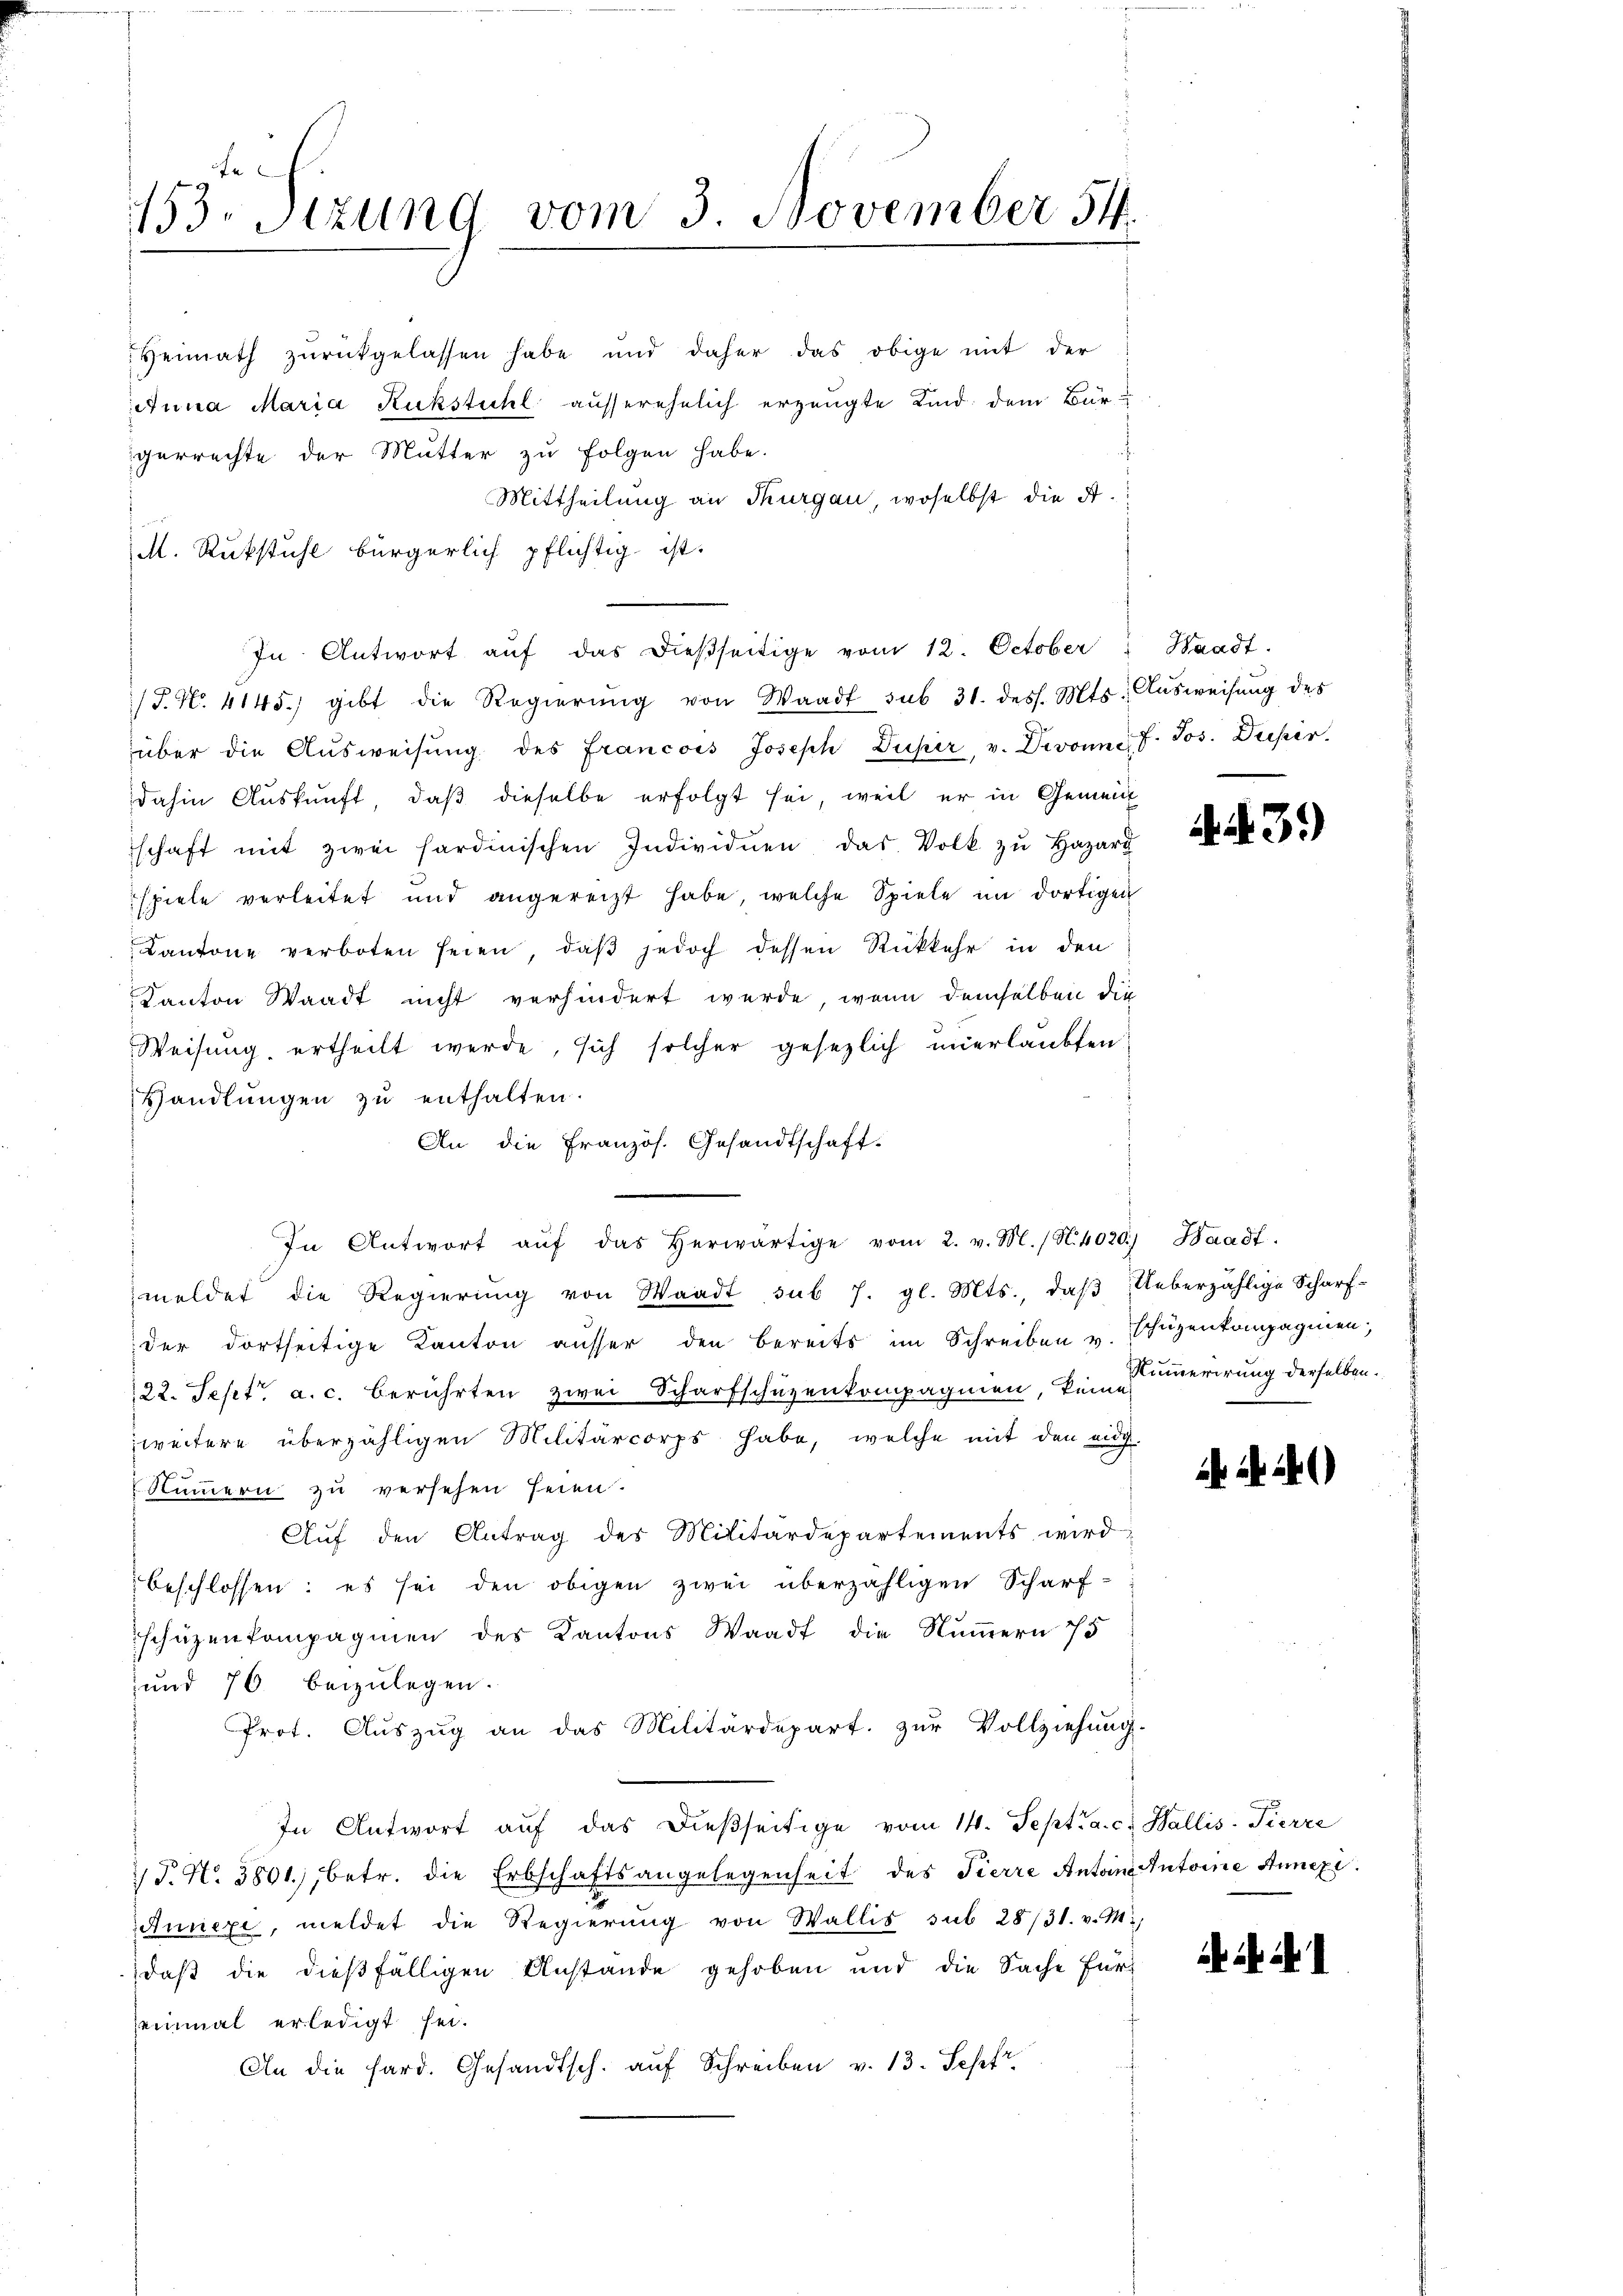
153. Sizung vom 3. November 54.

Heimath zurückgelassen habe und daher das obige mit der
Anna Maria Ruckstuhl ausserehelich erzeugte Kind dem Bur-
gerrechte der Mutter zu folgen habe.
Mittheilung an Thurgau, woselbst die A.
M. Rückstuhl bürgerlich pflichtig ist.
In Antwort aŭf das dieβseitige vom 12. October " Waadt.
/T. No. 4145. gibt die Regierŭng von Waadt sub 31. dess. Mts. Aŭsweisŭng des
über die Aŭsweisŭng des Francois Joseph Duser, v. Divound 7. Jos. Dupir.
dahin Auskunft, daß dieselbe erfolgt sei, weil er in Gemein
schaft mit zwei Hardinischen Individuen das Volk zŭ Hazard
spiele verleitet und angereizt habe, welche Spiele im dortigen
Kantone verboten seien, daβ jedoch dessen Rückkehr in den
Kanton Waadt nicht verhindert werde, wenn demselben die
Weisung, ertheilt werde, sich solcher gesezlich unerlaubten
Handlŭngen zŭ enthalten.
An die Französ. Gesandtschaft.
In Antwort aŭf das herwärtige vom 2. v. M. (N. 4020) Waadt.
meldet die Regierŭng von Waadt sub 7. gl. Mts., daβ Ueberzählige Scharf-
der dortseitige Kanton ausser den bereits im Schreiben u. schüzenkompagnien,
22. Sept. a. c. berührten zwei Scharfschuzenkompagnien, keine
weitere überzähligen Militärcorps habe, welche mit den eidg.
Nummern zu versehen seien.
Auf den Antrag des Militärdepartements wird
beschlossen: es sei den obigen zwei überzähligen Scharf-
schüzenkompagnien des Kantons Waadt die Nummern 75
und 76 beizulegen.
Prot. Auszug an das Militärdepart. zŭr Vollziehung.
In Antwort aŭf das dießseitige vom 14. Sept. a. c. Wallis-Pierre
T. No. 3801, betr. die Erbschaftsangelegenheit des Tierre Antoine Antoine Annexi
Annexe, meldet die Regierung von Wallis sub 28/31. v. M.
daß die dießfälligen Anstande gehoben und die Sache für
seinmal erledigt sei.
An die hard. Gesandtsch. aŭf Schreiben v. 13. Sepfr

. N. 3.)

Nummerirung derselben.

.

.